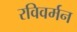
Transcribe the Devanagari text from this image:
रविवर्मन